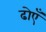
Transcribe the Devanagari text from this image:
ढोएँ